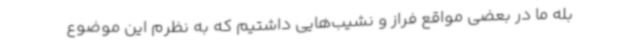
بله ما در بعضی مواقع فراز و نشیب‌هایی داشتیم ‌که به نظرم این‌ موضوع